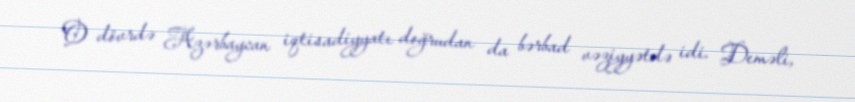
O dövrdə Azərbaycan iqtisadiyyatı doğrudan da bərbad vəziyyətdə idi. Deməli,